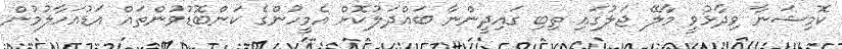
ކޮމިޝަނާ ވިދާޅުވީ މާލޭ ޖަލުގައި ތިބި ގައިދީންނާ ބައްދަލުކޮށް އެމީހުންގެ ކަންބޮޑުވުންތައް އަޑުއަހާލުމުން